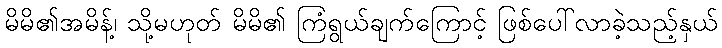
မိမိ၏အမိန့်၊ သို့မဟုတ် မိမိ၏ ကြံရွယ်ချက်ကြောင့် ဖြစ်ပေါ်လာခဲ့သည့်နှယ်